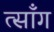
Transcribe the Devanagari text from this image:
त्साँग